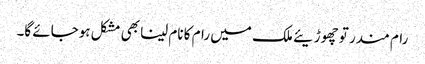
رام مندر تو چھوڑیئے ملک میں رام کا نام لینا بھی مشکل ہوجائے گا۔